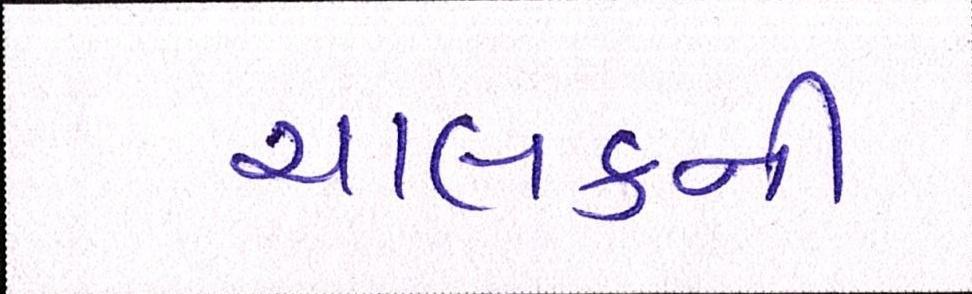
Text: ચાલકની